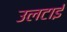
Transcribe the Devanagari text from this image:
उलटाई